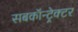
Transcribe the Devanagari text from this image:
सबकॉन्ट्रेक्टर